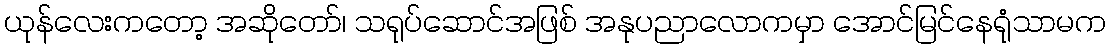
ယုန်လေးကတော့ အဆိုတော်၊ သရုပ်ဆောင်အဖြစ် အနုပညာလောကမှာ အောင်မြင်နေရုံသာမက